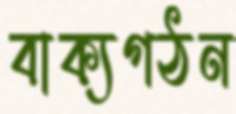
বাক্যগঠন